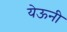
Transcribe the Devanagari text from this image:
येऊनी